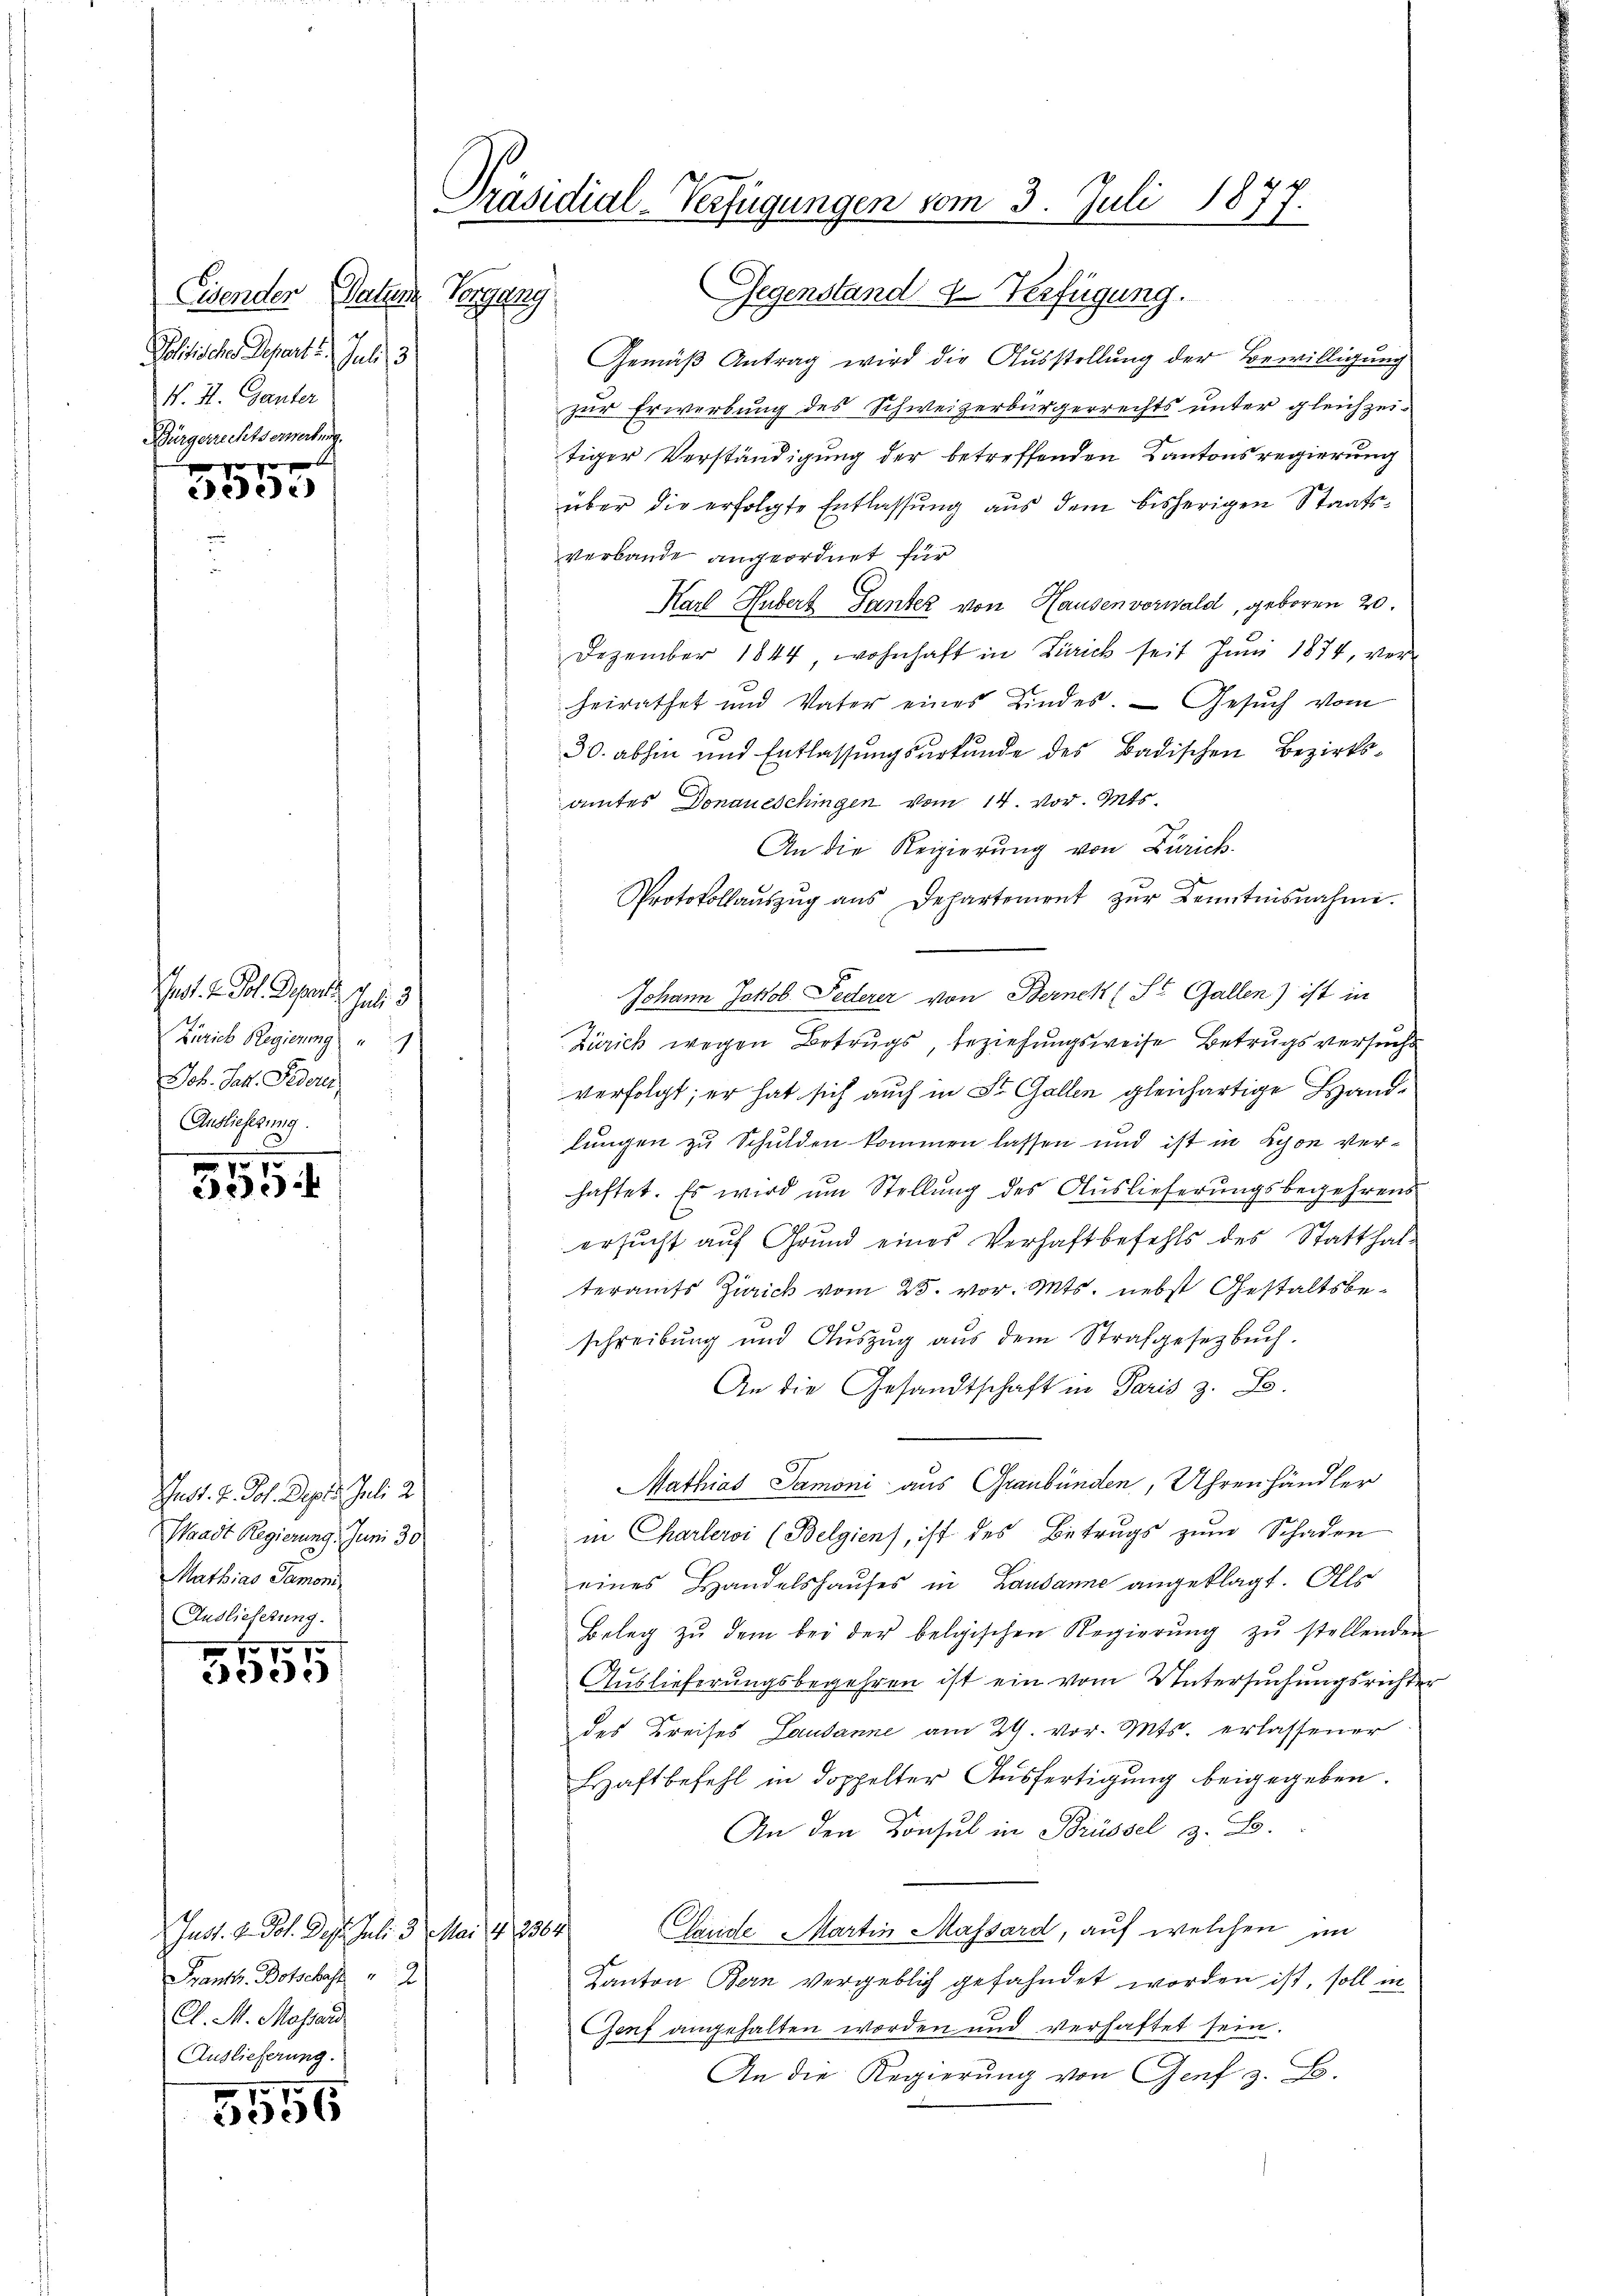
Eisender Datum Vergang
Politische Depart u.
Jelis
N. H. Ganter
Bürgerrechtserwerbung.
 x

ceder

Jnot. 2. Fol. Depart.
Jul. 3
Zürich Regierung
Joh. Jak. Federu
Auslieferung.

.
 10
Bede

Juss. v. Joh. Depes Juli 2
Waadt Regierung. Juni 30
Mathias Samoni
Auslieferung.

57.
ee

Just. v. Joh. Dast. Juli 3. Mai 142364.
Frankt. Botschaft 2
Cl. M. Massard
Auslieferung.

3556

Präsidial-Verfügungen vom 3. Juli 187.

Gegenstand u. Verfügung.
Gemäß Antrag wird die Ausstellung der Bewilligung
zur Erwerbung des Schweizerbürgerrechts unter gleichzeitiger Verständigung der betreffenden Kantonsregierung
über die erfolgte Entlassung aus dem bisherigen Staatsverbande angeordnet für
Karl Hubert Tanter von Hausen vorwald, geboren 20.
Dezember 1844 wohnhaft in Zürich seit Juni 1874, verheirathet und Vater eines Kindes. — Gesŭch vom
30. abhin und Entlassungsurkunde des Badischen Bezirksamtes Donaueschingen vom 14. vor. Mts.
An die Regierung von Zürich.
Protokollaŭszŭg aŭs Departement zŭr Kenntnisnahme.
Johann Jokob Federer von Bernek (St. Gallen) ist in
Zürich wegen Betrugs beziehungsweise Betrugs versuche
verfolgt; er hat sich auch in St. Gallen gleichartige Handlungen zu Schulden kommen lassen und ist in Lyon verhaftet. Es wird um Stellung des Auslieferungsbegehrens
ersucht auf Grund eines Verhaftbefehls des Statthalteramts Zürich vom 25. vor. Mts. nebst Gestaltsbeschreibung und Auszug aus dem Strafgesetzbuch.
An die Gesandtschaft in Paris z. B.
Mathias Samoni aus Graubünden, Uhrenhändler
in Charlervi (Belgien), ist des Betrugs zum Schaden
eines Handelshauses in Lausanne angeklagt. Als
Beleg zŭ dem bei der belgischen Regierŭng zŭ stellenden
Auslieferungsbegehren ist ein vom Untersuchungsrichte
des Kreises Lausanne am 29. vor. Mts. erlassener
Haftbefehl in doppelter Ausfertigung beigegeben.
An den Konsul in Brüssel z. B.
Gande Martin Massard, auf welchen im
Kanton Bern vergeblich gefahndet worden ist, soll in
Genf angehalten worden und verhaftet sein.
An die Regierung von Genf z. B.